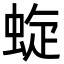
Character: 蜁